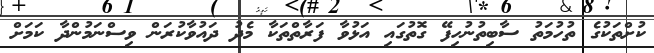
ކުށްތަކުގެ ތުހުމަތު ސާބިތުނުހިފޭ ގޮތުގައި އަޅުވާ ފަރާތްތަކާ މެދު ދައުވާކުރަން ވިސްނަމުންދާ ކަމަށް